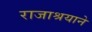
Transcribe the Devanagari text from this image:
राजाश्रयाने